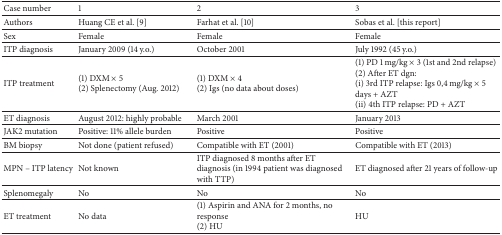
<table><thead><tr><td><b>Case number</b></td><td><b>1</b></td><td><b>2</b></td><td><b>3</b></td></tr></thead><tbody><tr><td>Authors</td><td>Huang CE et al. [9]</td><td>Farhat et al. [10]</td><td>Sobas et al. [this report]</td></tr><tr><td>Sex</td><td>Female</td><td>Female</td><td>Female</td></tr><tr><td>ITP diagnosis</td><td>January 2009 (14 y.o.)</td><td>October 2001</td><td>July 1992 (45 y.o.)</td></tr><tr><td>ITP treatment</td><td>(1) DXM × 5 (2) Splenectomy (Aug. 2012)</td><td>(1) DXM × 4 (2) Igs (no data about doses)</td><td>(1) PD 1 mg/kg × 3 (1st and 2nd relapse) (2) After ET dgn: (i) 3rd ITP relapse: Igs 0,4 mg/kg × 5 days + AZT (ii) 4th ITP relapse: PD + AZT</td></tr><tr><td>ET diagnosis</td><td>August 2012: highly probable</td><td>March 2001</td><td>January 2013</td></tr><tr><td>JAK2 mutation</td><td>Positive: 11% allele burden</td><td>Positive</td><td>Positive</td></tr><tr><td>BM biopsy</td><td>Not done (patient refused)</td><td>Compatible with ET (2001)</td><td>Compatible with ET (2013)</td></tr><tr><td>MPN – ITP latency</td><td>Not known</td><td>ITP diagnosed 8 months after ET diagnosis (in 1994 patient was diagnosed with TTP)</td><td>ET diagnosed after 21 years of follow-up</td></tr><tr><td>Splenomegaly</td><td>No</td><td>No</td><td>No</td></tr><tr><td>ET treatment</td><td>No data</td><td>(1) Aspirin and ANA for 2 months, no response (2) HU</td><td>HU</td></tr></tbody></table>